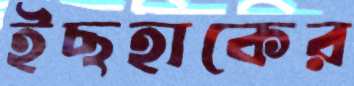
ইছহাকের